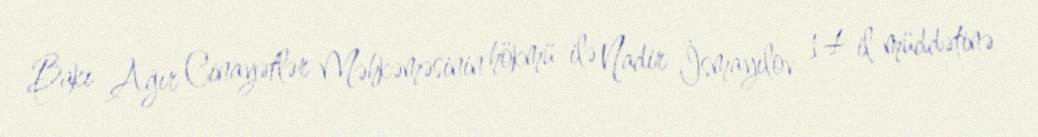
Bakı Ağır Cinayətlər Məhkəməsinin hökmü ilə Nadir İsmayılov 14 il müddətinə